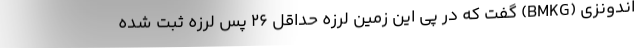
اندونزی (BMKG) گفت که در پی این زمین لرزه حداقل ۲۶ پس لرزه ثبت شده